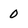
Character: 0